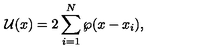
{ \cal U } ( x ) = 2 \sum _ { i = 1 } ^ { N } \wp ( x - x _ { i } ) ,